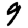
Digit: 9